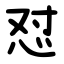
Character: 怼